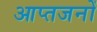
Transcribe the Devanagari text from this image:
आप्तजनों